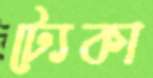
ট্যেকা